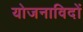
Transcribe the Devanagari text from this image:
योजनाविदों